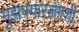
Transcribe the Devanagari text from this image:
मुझफ्फरजंगशी